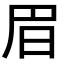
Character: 𣅩